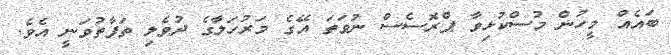
ބައެއް މީހުން މުސްކުޅިވާ ޕްރޮސެސް ނުވަތަ އޭގެ މަރުހަލާގެ ދުވެލި ތަފާތުވަނީ އެވެ.